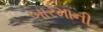
બારમાની